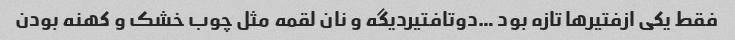
فقط یکی ازفتیرها تازه بود …دوتافتیردیگه و نان لقمه مثل چوب خشک و کهنه بودن